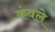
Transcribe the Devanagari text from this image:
कंवले